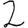
Digit: 2